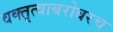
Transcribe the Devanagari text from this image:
वक्तृत्वाबरोबरच